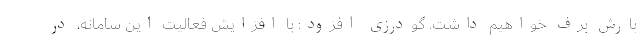
بارش برف خواهیم داشت. گودرزی افزود: با افزایش فعالیت این سامانه، در